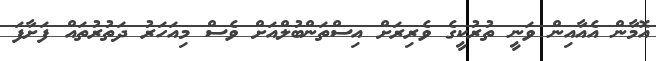
އޮމާން އެއާއިން ވަނީ ތުރުކީގެ ވެރިރަށް އިސްތަންބުލްއަށް ވެސް މިއަހަރު ދަތުރުތައް ފަށާފަ